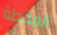
المحطة